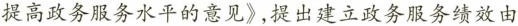
提高政务服务水平的意见》，提出建立政务服务绩效由